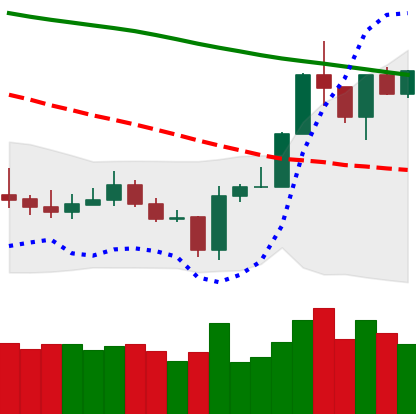
Ticker: BTC-USD
Chart end date: 2020-01-12
Forward return: 8.991%
Label: up_7plus